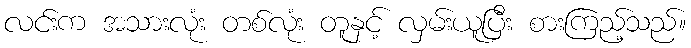
လင်းက အသားလုံး တစ်လုံး တူနှင့် လှမ်းယူပြီး စားကြည့်သည်။